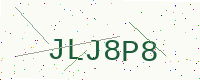
Text: JLJ8P8